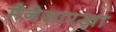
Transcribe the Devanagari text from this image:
मैनेसारखा